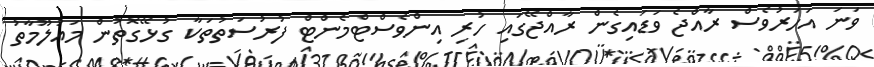
ވަނަ އަަހަރުވެސް ރާއްޖެ ވަޑައިގެން ރާއްޖޭގައި ހުރި އިންވެސްޓްމެންޓް ފުރުސަތުތަކާ ގުޅޭގޮތުން މައުލޫމާތު